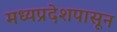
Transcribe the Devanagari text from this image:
मध्यप्रदेशपासून